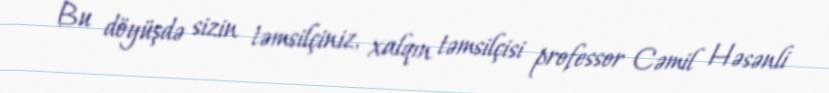
Bu döyüşdə sizin təmsilçiniz, xalqın təmsilçisi professor Cəmil Həsənli